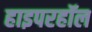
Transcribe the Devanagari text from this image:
हाइपरहॉल